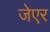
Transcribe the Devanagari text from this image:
जेएर